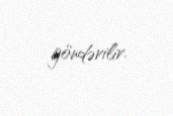
göndərilir.